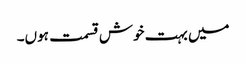
میں بہت خوش قسمت ہوں۔